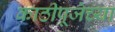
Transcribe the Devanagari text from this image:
काठीपूजेच्या